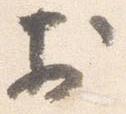
於